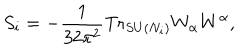
S _ { i } = - \frac { 1 } { 3 2 \pi ^ { 2 } } \mathrm { T r } _ { S U ( N _ { i } ) } W _ { \alpha } W ^ { \alpha } ,